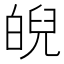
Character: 𤾆